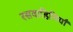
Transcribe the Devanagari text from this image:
रसवाहिनियाँ